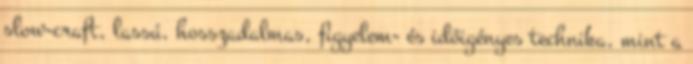
slow-craft, lassú, hosszadalmas, figyelem- és időigényes technika, mint a